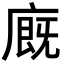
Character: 廐